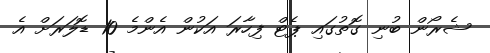
ޝެރޯން ބުނި ގޮތުގައި ޕެޓް ފިހާރަ އަކުން އެންމެ 10 ޑޮލަރަށް އެ